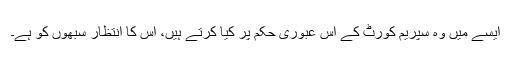
ایسے میں وہ سپریم کورٹ کے اس عبوری حکم پر کیا کرتے ہیں، اس کا انتظار سبھوں کو ہے۔